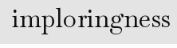
imploringness